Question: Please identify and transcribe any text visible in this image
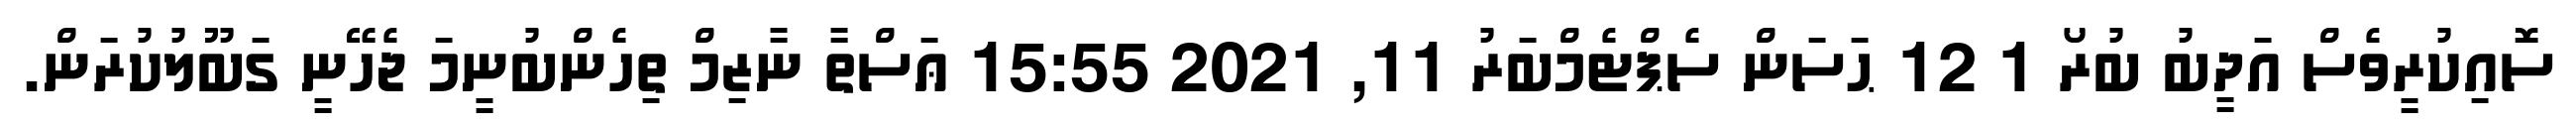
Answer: ސޮއިކުރީވެސް އަދީބު ބުރޯ 1 12 ޙަސަން ސެޕްޓެމްބަރު 11, 2021 15:55 ޢަސްތާ ނާޒިމް ތިހެންބުނީމަ ޖެހޭނީ ގަބޫލުކުރަން.